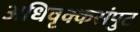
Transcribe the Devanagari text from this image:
अधिवृक्कसंपुट